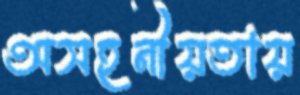
অসহনীয়তায়